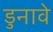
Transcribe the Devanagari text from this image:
डुनावे